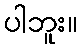
ပါဘူး။